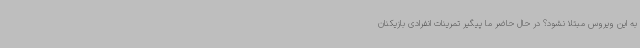
به این ویروس مبتلا نشود؟ در حال حاضر ما پیگیر تمرینات انفرادی بازیکنان